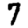
Digit: 7